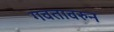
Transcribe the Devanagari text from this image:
गवतावरुन